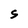
Character: S